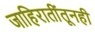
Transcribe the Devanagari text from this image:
जाहिरातींतूनही